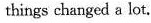
things changed a lot.